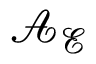
\mathcal { A } _ { \mathcal { E } }